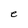
Character: e